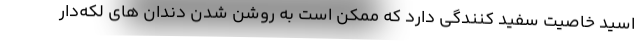
اسید خاصیت سفید کنندگی دارد که ممکن است به روشن شدن دندان های لکه‌دار